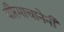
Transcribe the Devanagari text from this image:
वीरमाचानेनी